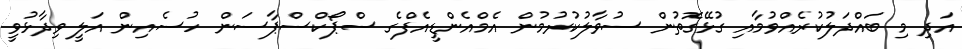
އަދި މި ބައްދަލުކުރެއްވުމާއި ގުޅޭގޮތުން ސުވާލުކުރުމުން އެމްއެންޑީއެފްގެ ސްޕޯކްސްޕާސަން ހުސެއިން އަލީ ވިދާޅުވީ